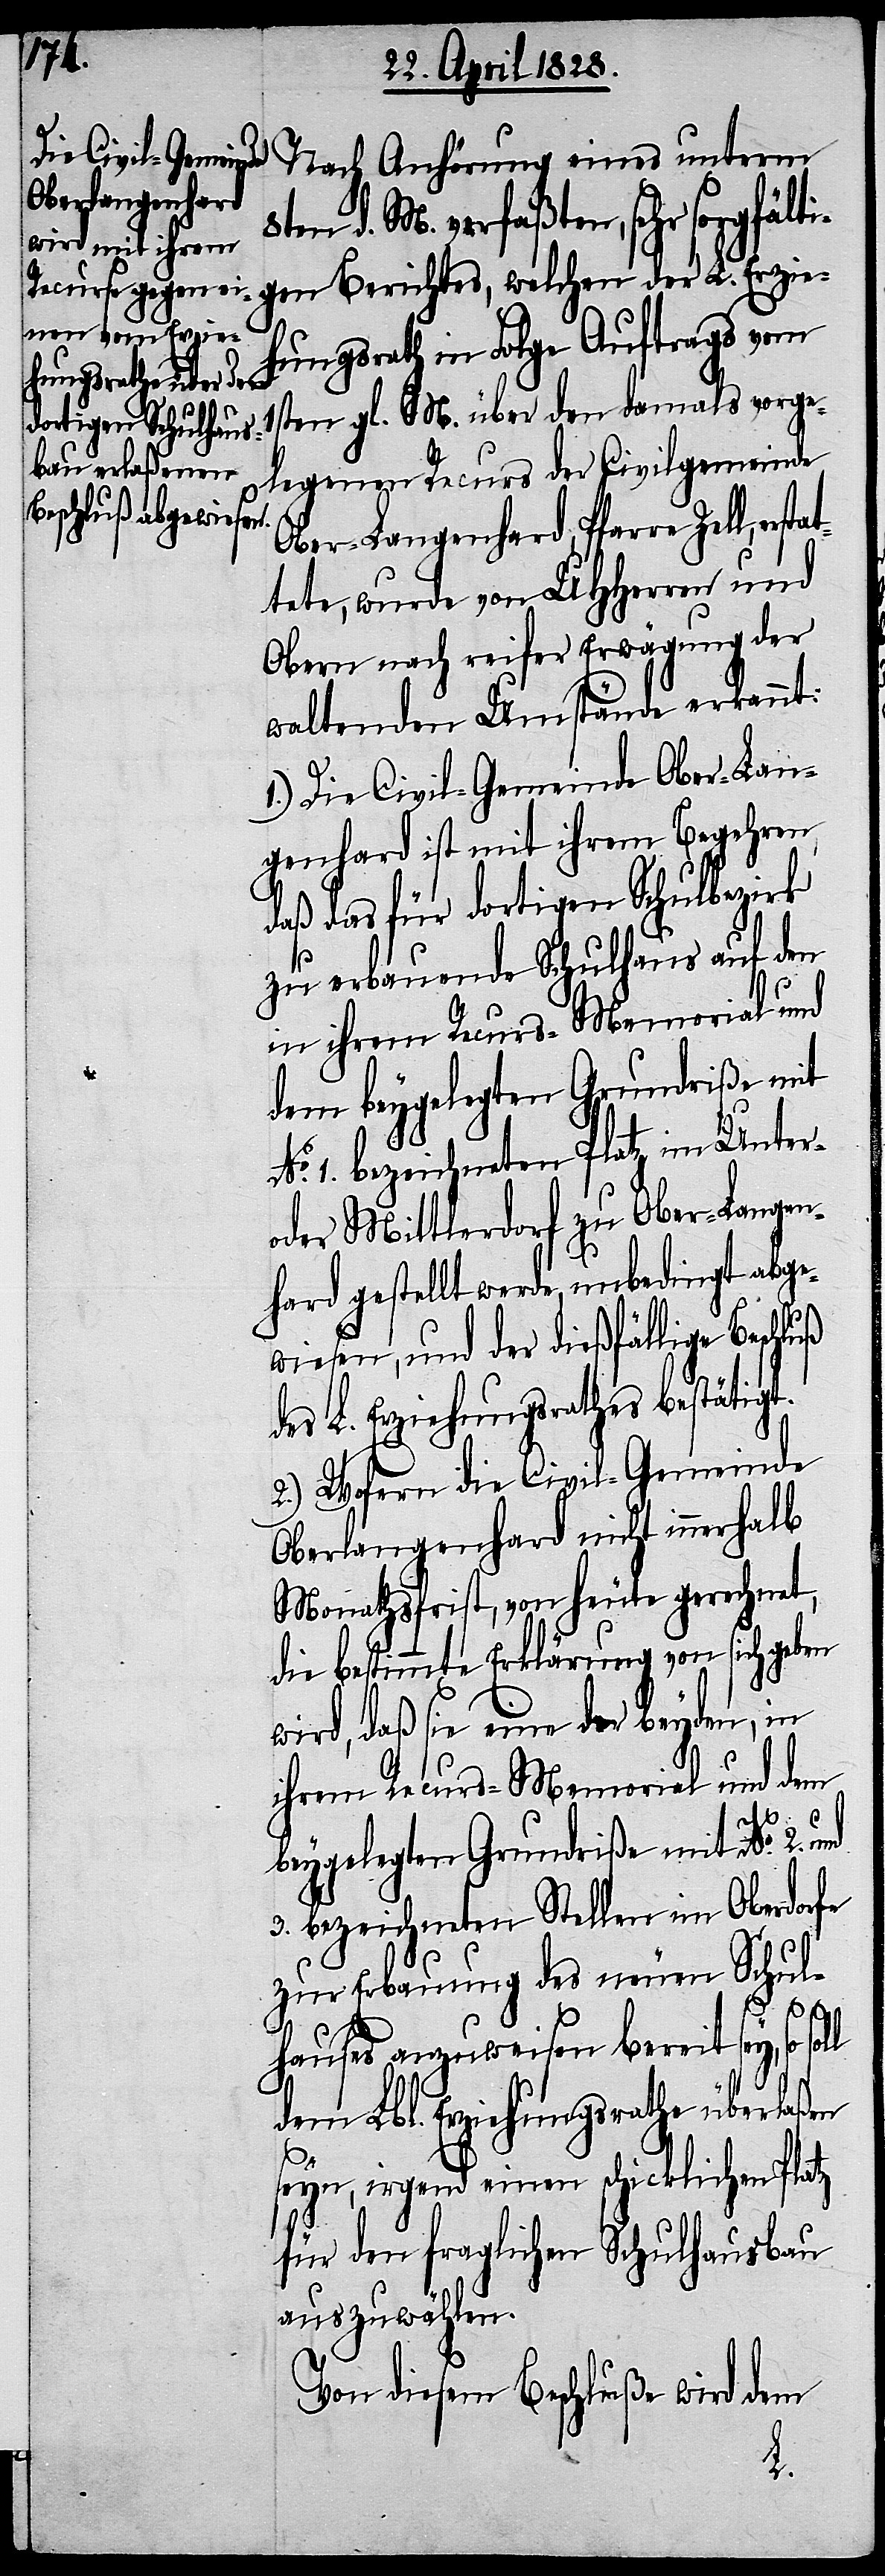
stat¬

Nach Anhörung eines unterm
en d. M. verfaßten, sehr sorgfält¬
igen Berichts, welchen der L. Erzie¬
hungsrath in Folge Auftrags vom
1sten gl. M. über den damals vorge¬
legenen Recurs der Civilgemeinde
Ober-Langenhard, Pfarre Zell, er¬
tete, wurde von UHHerren und
Obern nach reifer Erwägung der
waltenden Umstände erkannt:
1.) Die Civil-Gemeinde Ober-Lan¬
genhard ist mit ihrem Begehren,
daß das für dortigen Schulbezirk
zu erbauende Schulhaus auf den
in ihrem Recurs-Memorial und
dem beygelegten Grundriße mit
No. 1. bezeichneten Platz im Unter-
oder Mittlerdorf zu Ober-Langen¬
hard gestellt werde, unbedingt abge¬
wiesen, und der dießfällige Beschluß
des L. Erziehungsrathes bestätigt.
2.) Wofern die Civil-Gemeinde
Oberlangenhard nicht innerhalb
Monathsfrist, von heute gerechnet,
die bestimmte Erklärung von sich geben
wird, daß sie eine der beyden, in
ihrem Recurs-Memorial und dem
beygelegten Grundriße mit No. 2. und
3. bezeichneten Stellen im Oberdorfe
zur Erbauung des neuen Schul¬
hauses anzuweisen bereit sey, so
dem Lbl. Erziehungsrathe überlaßen
seyn, irgend einen schicklichen Platz
für den fraglichen Schulhausbau
auszuwählen.
Von diesem Beschluße wird dem
8t¬